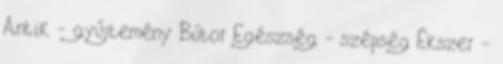
Antik - gyűjtemény Bútor Egészség - szépség Ékszer -